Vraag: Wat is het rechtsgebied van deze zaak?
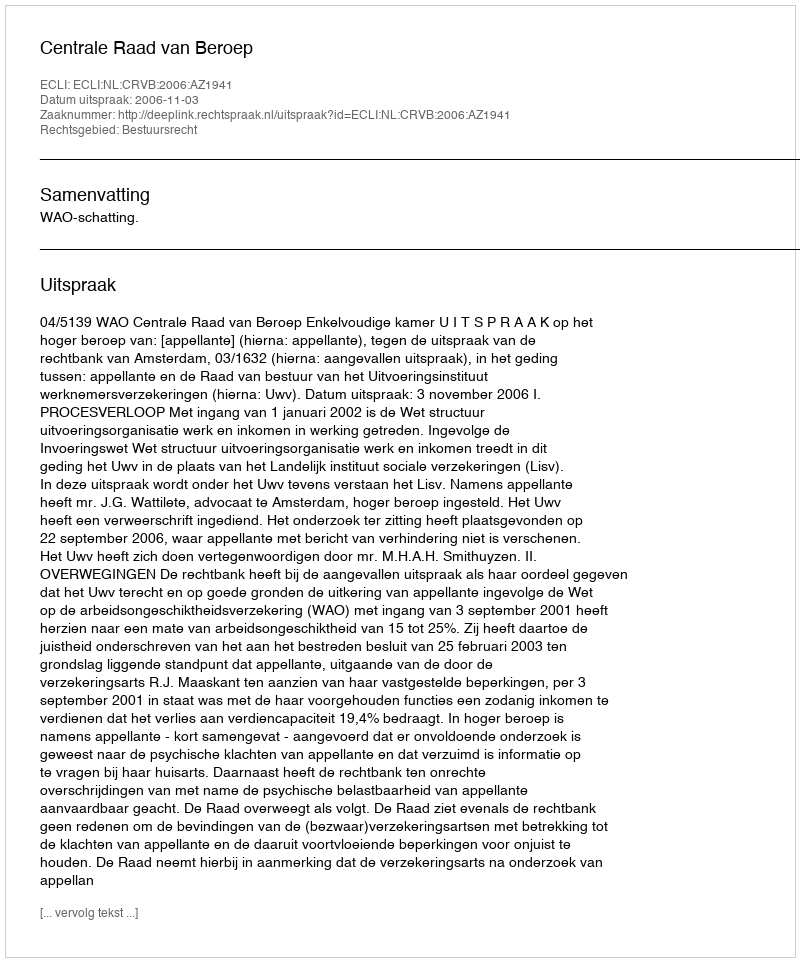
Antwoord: Bestuursrecht